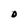
Character: 0